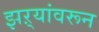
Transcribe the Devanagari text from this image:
झऱ्यांवरून